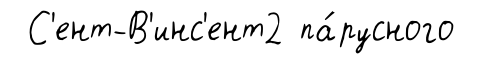
С'ент-В'инс'ент2 па́русного